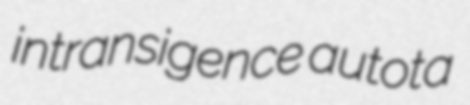
intransigence autota